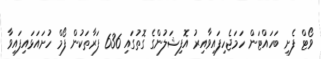
ވޯޓް ފެށި ބަހައްޓަން ހަމަޖެހިފައިވާއިރު އޮފިޝަލުންގެ ގޮތުގައި 636 ފަރާތަކުން ފޯމް ހުށައަޅައިފައިވާ